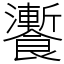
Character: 𩟗